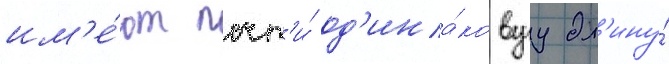
им'е́ют почт'и́ од'ина́ковуу дл'ину́